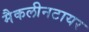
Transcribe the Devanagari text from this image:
मैकलीनटायर